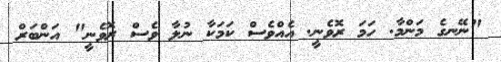
"ނޭނގެ މަންމާ. ހަމަ ރޮވެނީ. އެއްވެސް ކަމަކާ ނުލާ ވެސް ރޮވެނީ" އަންބަރް